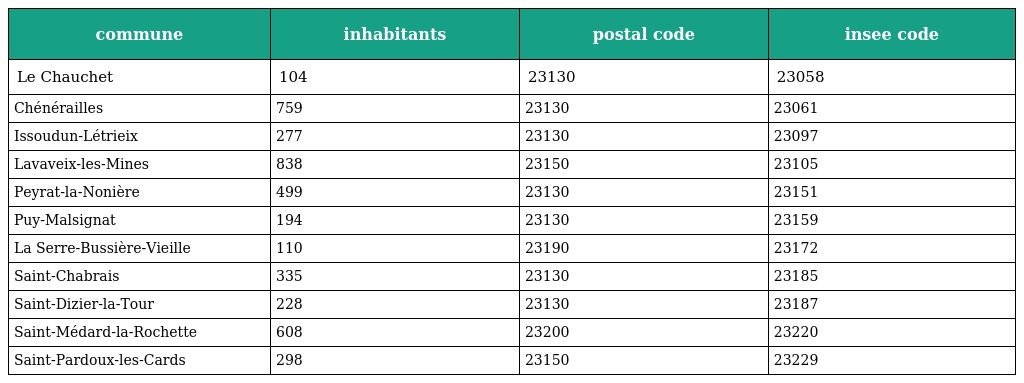
| commune | inhabitants | postal code | insee code |
 | --- | --- | --- | --- |
 | Le Chauchet | 104 | 23130 | 23058 |
 | Chénérailles | 759 | 23130 | 23061 |
 | Issoudun-Létrieix | 277 | 23130 | 23097 |
 | Lavaveix-les-Mines | 838 | 23150 | 23105 |
 | Peyrat-la-Nonière | 499 | 23130 | 23151 |
 | Puy-Malsignat | 194 | 23130 | 23159 |
 | La Serre-Bussière-Vieille | 110 | 23190 | 23172 |
 | Saint-Chabrais | 335 | 23130 | 23185 |
 | Saint-Dizier-la-Tour | 228 | 23130 | 23187 |
 | Saint-Médard-la-Rochette | 608 | 23200 | 23220 |
 | Saint-Pardoux-les-Cards | 298 | 23150 | 23229 |